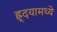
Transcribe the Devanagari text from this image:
ह्र्दयामध्ये